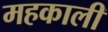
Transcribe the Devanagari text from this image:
महकाली